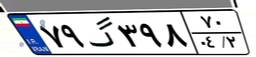
۷۹گ۳۹۸۷۰